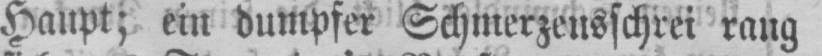
Haupt; ein dumpfer Schmerzensschrei rang